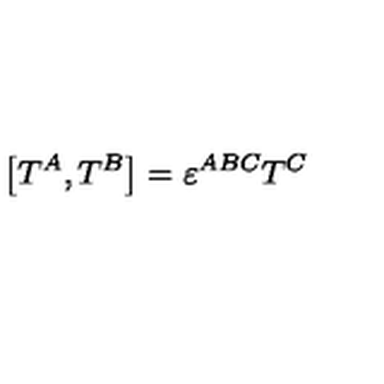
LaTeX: \left[ T ^ { A } , T ^ { B } \right] = \varepsilon ^ { A B C } T ^ { C } \,